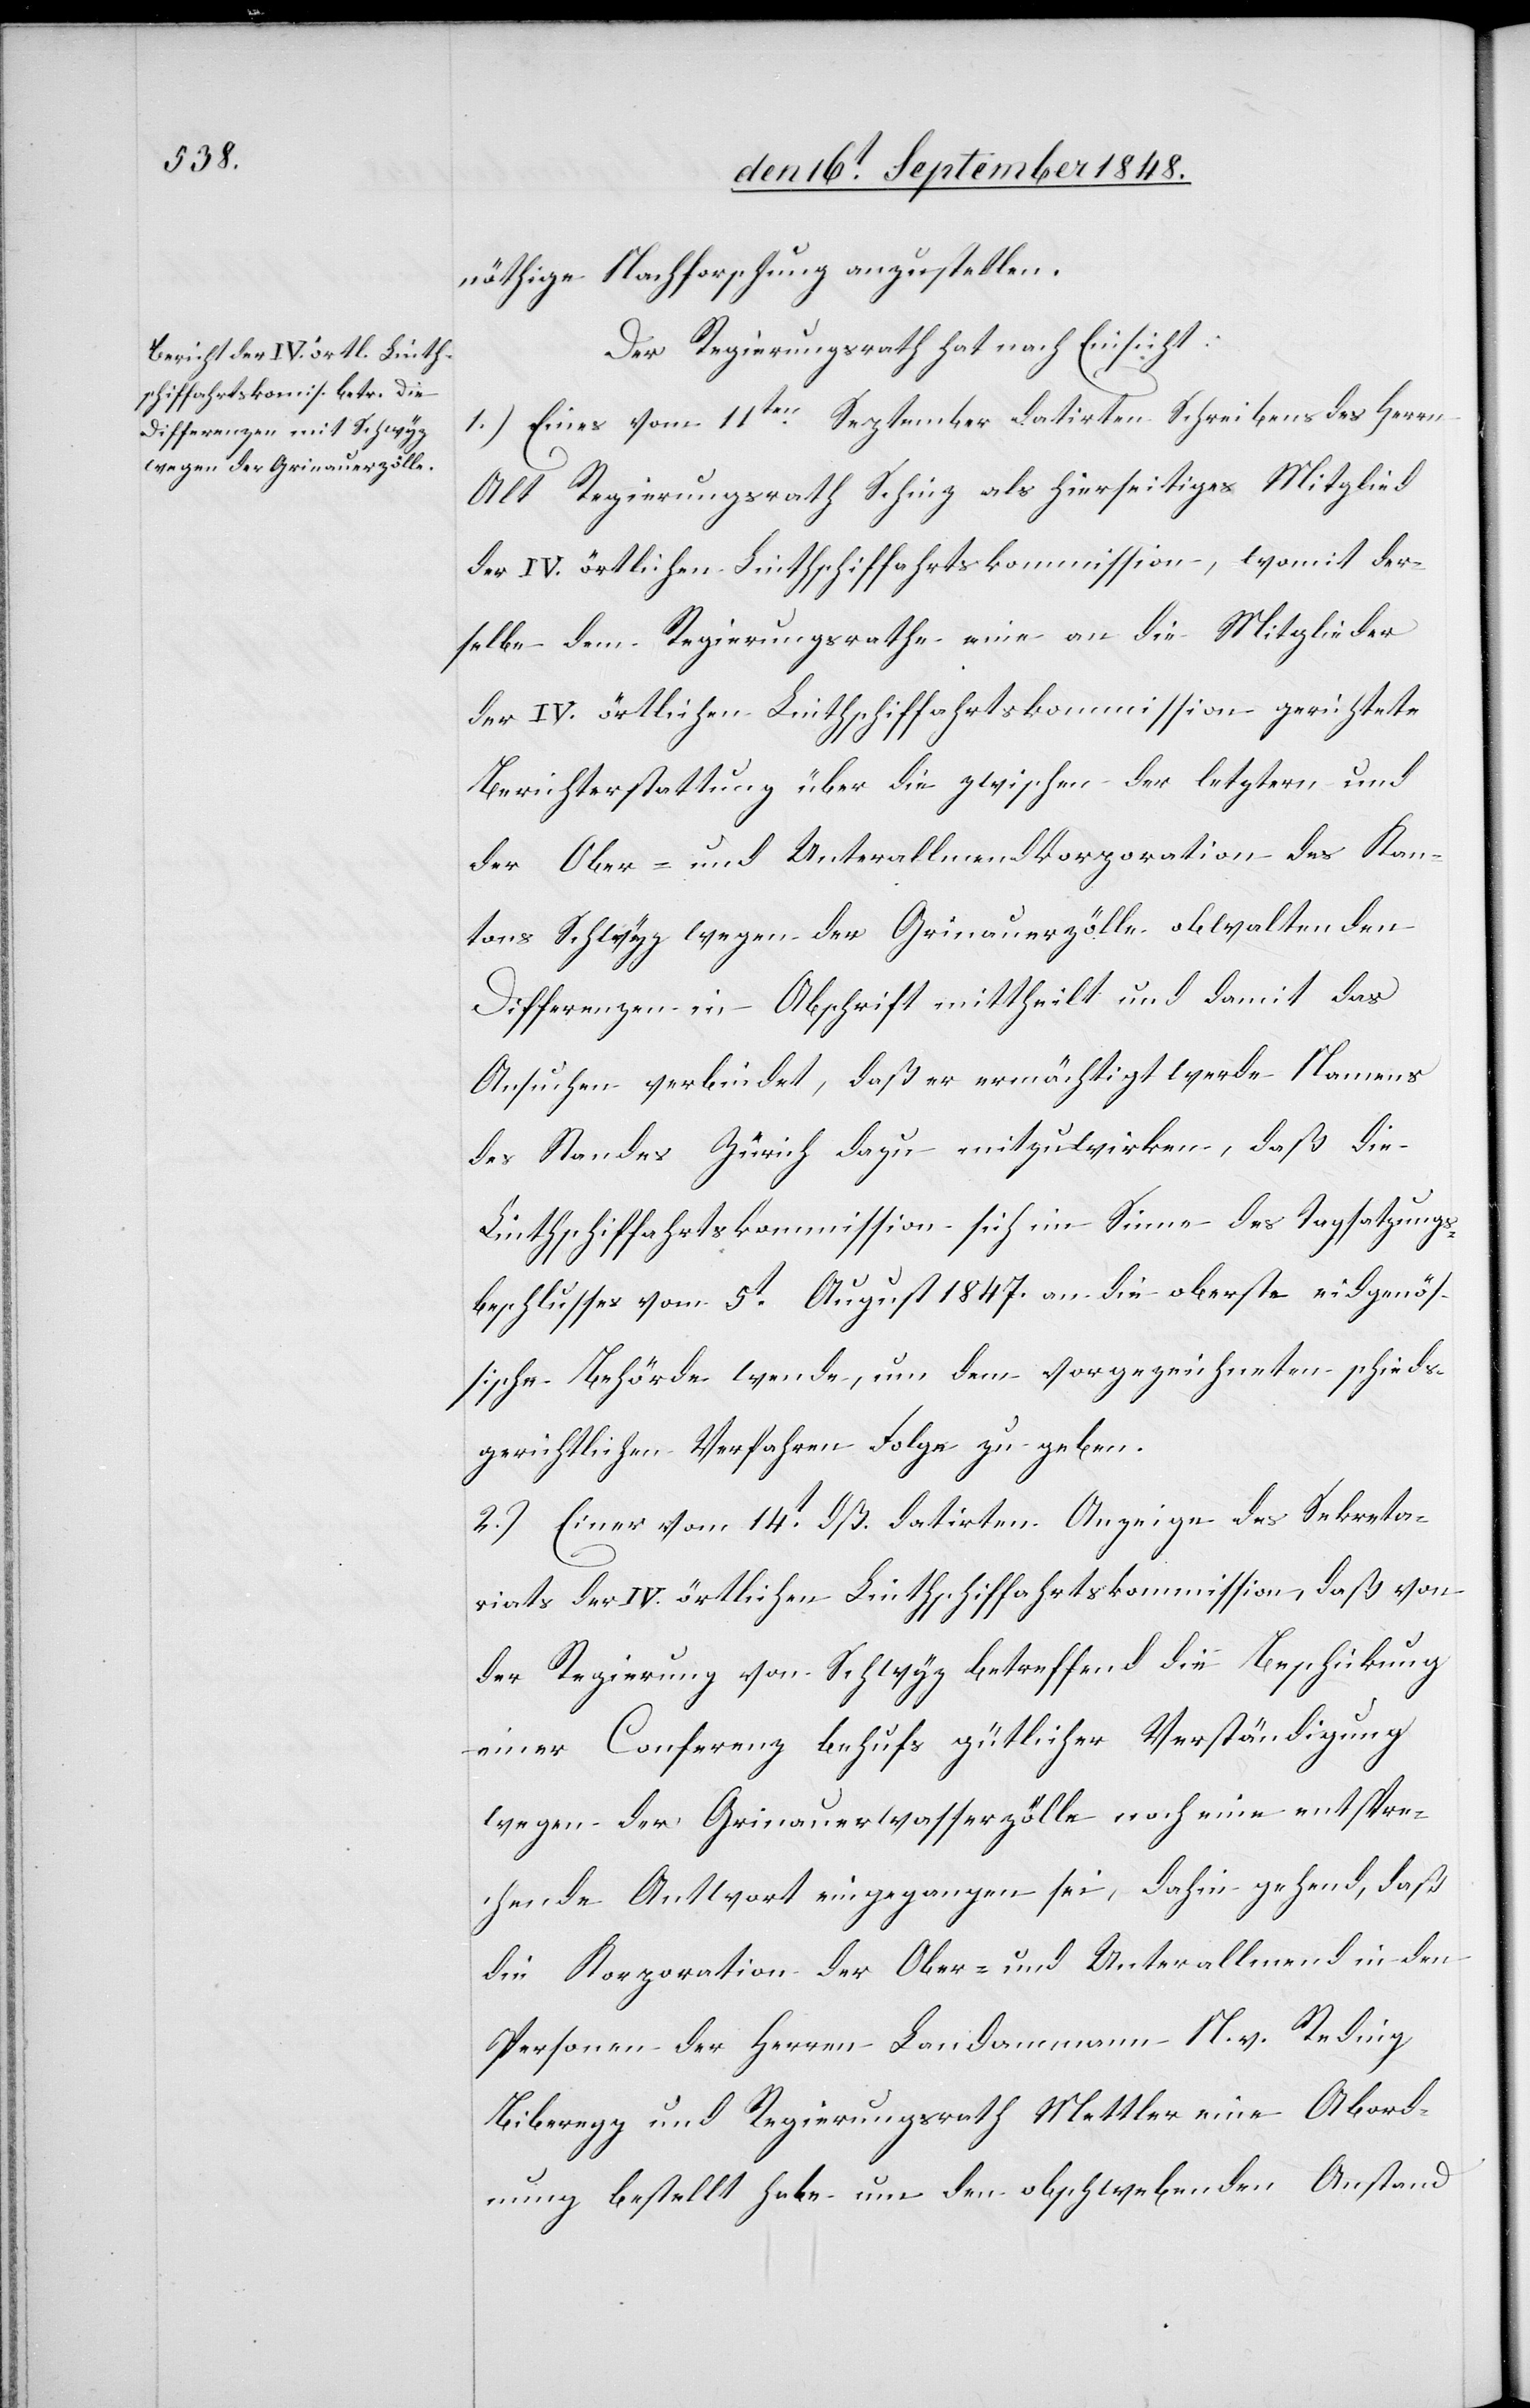
nöthige Nachforschung anzustellen.
Der Regierungsrath hat nach Einsicht:
1.) Eines vom 11ten September datirten Schreibens des Herrn
Alt Regierungsrath Schinz als hierseitiges Mitglied
der IV. örtlichen Linthschiffahrtskommission gerichtete
Berichterstattung über die zwischen der letztern und
der Ober- und Unterallmendkorporation des Kan¬
tons Schwyz wegen der Grinauerzölle obwaltenden
Differenzen in Abschrift mittheilt und damit das
Ansuchen verbindet, daß er ermächtigt werde Namens
des Standes Zürich dazu mitzuwirken, daß die
Linthschiffahrtskommission sich im Sinne des Tagsatzungs¬
beschlusses vom 5t August 1847. an die oberste eidgenös¬
sische Behörde wende, um dem vorgezeichneten schieds¬
gerichtlichen Verfahren Folge zu geben.
2.) Einer vom 14t dß. datirten Anzeige des Sekreta¬
riats der IV. örtlichen Linthschiffahrtskommission, daß von
der Regierung von Schwyz betreffend die Beschickung
einer Conferenz behufs gütlicher Verständigung
wegen der Grinauerwasserzölle noch eine entspre¬
chende Antwort eingegangen sei, dahin gehend, daß
die Korporation der Ober- und Unterallmend in den
Personen der Herren Landammann N. v. Reding
Biberegg und Regierungsrath Mettler eine Abord¬
nung bestellt habe um den obschwebenden Anstand